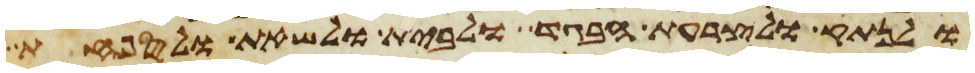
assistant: ולנתק ולצרעת הבגד ולבית ולשאת ולספחת